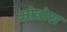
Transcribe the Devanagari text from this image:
ओत्रोस